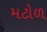
મટોળ